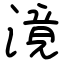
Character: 滰